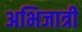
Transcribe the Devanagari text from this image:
अभिजात्री